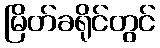
မြိတ်ခရိုင်တွင်